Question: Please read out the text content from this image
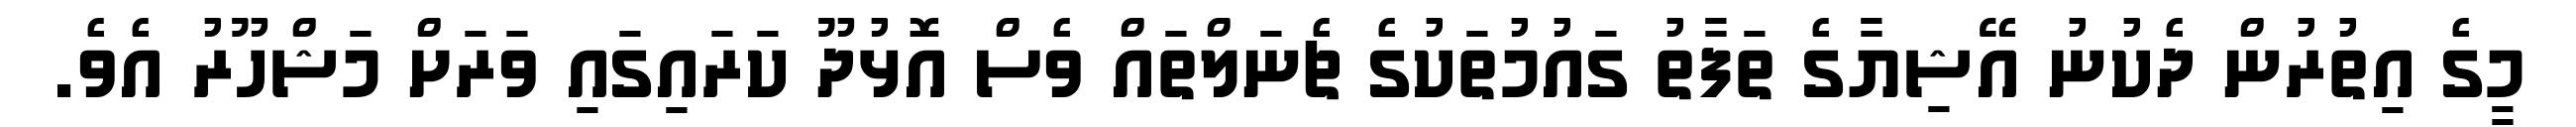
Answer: މީގެ އިތުރުން ދެކުނު އޭޝިޔާގެ ތަފާތު ގައުމުތަކުގެ ޗެނަލްތައް ވެސް އޮޅުދޫ ކަރައިގައި ވަރަށް މަޝްހޫރު އެވެ.